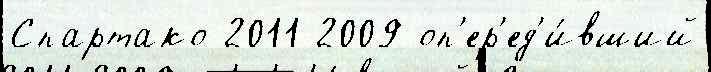
Спартако 2011 2009 оп'ер'ед'и́вший